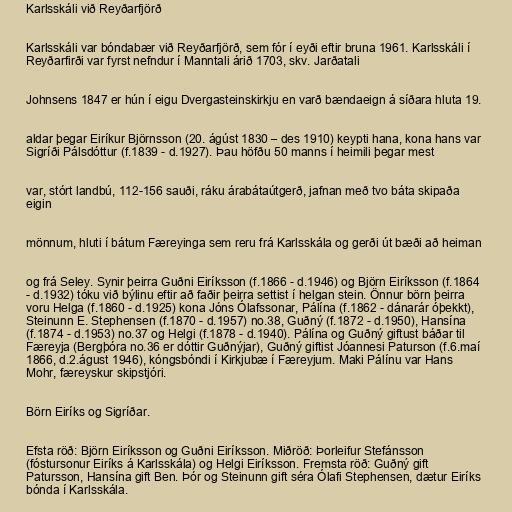
Karlsskáli við Reyðarfjörð

Karlsskáli var bóndabær við Reyðarfjörð, sem fór í eyði eftir bruna 1961. Karlsskáli í
Reyðarfirði var fyrst nefndur í Manntali árið 1703, skv. Jarðatali

Johnsens 1847 er hún í eigu Dvergasteinskirkju en varð bændaeign á síðara hluta 19.

aldar þegar Eiríkur Björnsson (20. ágúst 1830 – des 1910) keypti hana, kona hans var
Sigríði Pálsdóttur (f.1839 - d.1927). Þau höfðu 50 manns í heimili þegar mest

var, stórt landbú, 112-156 sauði, ráku árabátaútgerð, jafnan með tvo báta skipaða
eigin

mönnum, hluti í bátum Færeyinga sem reru frá Karlsskála og gerði út bæði að heiman

og frá Seley. Synir þeirra Guðni Eiríksson (f.1866 - d.1946) og Björn Eiríksson (f.1864
- d.1932) tóku við býlinu eftir að faðir þeirra settist í helgan stein. Önnur börn þeirra
voru Helga (f.1860 - d.1925) kona Jóns Ólafssonar, Pálína (f.1862 - dánarár óþekkt),
Steinunn E. Stephensen (f.1870 - d.1957) no.38, Guðný (f.1872 - d.1950), Hansína
(f.1874 - d.1953) no.37 og Helgi (f.1878 - d.1940). Pálína og Guðný giftust báðar til
Færeyja (Bergþóra no.36 er dóttir Guðnýjar), Guðný giftist Jóannesi Paturson (f.6.maí
1866, d.2.águst 1946), kóngsbóndi í Kirkjubæ í Færeyjum. Maki Pálínu var Hans
Mohr, færeyskur skipstjóri.

Börn Eiríks og Sigríðar.

Efsta röð: Björn Eiríksson og Guðni Eiríksson. Miðröð: Þorleifur Stefánsson
(fóstursonur Eiríks á Karlsskála) og Helgi Eiríksson. Fremsta röð: Guðný gift
Patursson, Hansína gift Ben. Þór og Steinunn gift séra Ólafi Stephensen, dætur Eiríks
bónda í Karlsskála.